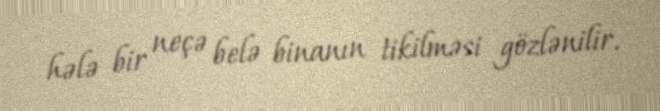
hələ bir neçə belə binanın tikilməsi gözlənilir.